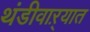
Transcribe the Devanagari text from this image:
थंडीवाऱ्यात